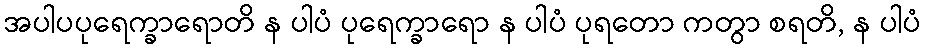
အပါပပုရေက္ခာရောတိ န ပါပံ ပုရေက္ခာရော န ပါပံ ပုရတော ကတွာ စရတိ, န ပါပံ